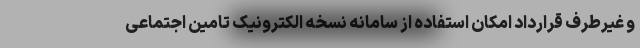
و غیرطرف قرارداد امکان استفاده از سامانه نسخه الکترونیک تامین اجتماعی